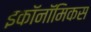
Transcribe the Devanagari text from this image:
इकॉनॉमिकस